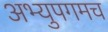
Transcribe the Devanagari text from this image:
अभ्युपगमच